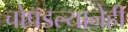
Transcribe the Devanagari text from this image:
चोपडल्यानेही